Lunatic asylums Madras 1877-1891 - 1877-1891
Year: 1877
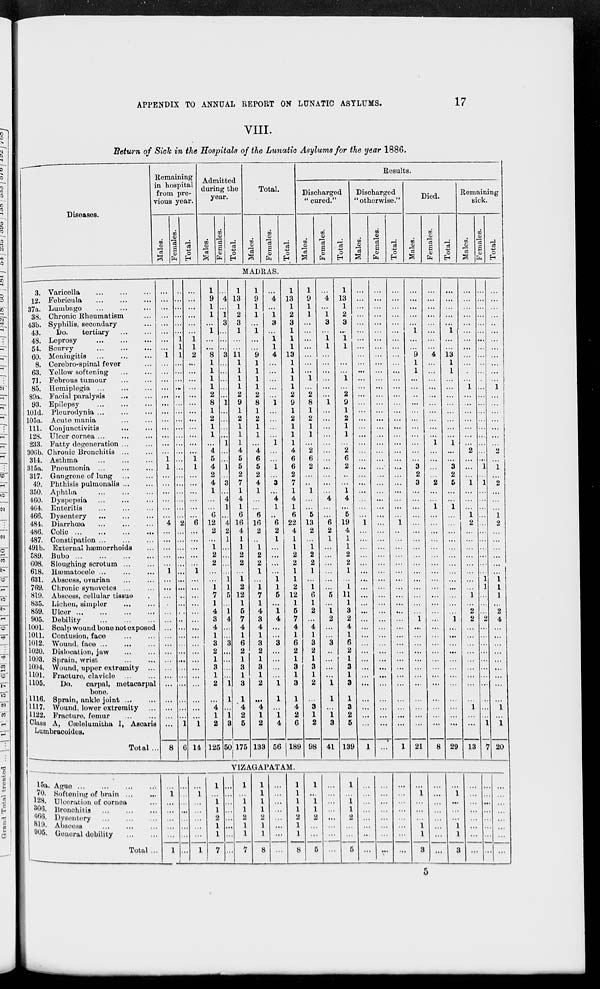
APPENDIX TO ANNUAL REPORT ON LUNATIC ASYLUMS.
17
VIII.
Return of Sick in the Hospitals of the Lunatic Asylums for the year 1886.
Diseases.
3. Varicella
...
...
...
12. Febricula
...
...
...
37a. Lumbago
...
...
...
38. Chronic Rheumatism ...
43b. Syphilis, secondary ...
43.
Do. tertiary
...
...
48. Leprosy
...
...
...
54. Seurvy
...
...
...
60. Meningitis
...
...
...
8. Cerebro-spinal fever ...
63. Yellow softening ... ...
71. Febrous tumour ... ...
85. Hemiplegia
...
...
...
89a. Facial paralysis
...
...
93. Epilepsy
...
...
...
101d. Pleurodynia
...
...
...
105a. Acute mania ... ...
111. Conjunctivitis ... ...
128. Ulcer cornea ... ... ...
233. Fatty degeneration ... ...
306b. Chronic Bronchitis
...
...
314. Asthma
...
...
...
315a. Pneumonia
...
...
...
317. Gangrene of lung
...
...
49. Phthisis pulmonalis ... ...
350. Aphtha
...
...
...
460. Dyspepsia ... ... ...
464. Enteritis
...
...
...
466. Dysentery
...
...
...
484. Diarrhœa
...
...
...
486. Colic
...
...
...
...
487. Constipation
...
...
...
491b. External hæmorrhoids ...
589. Bubo
...
...
...
...
608. Sloughing scrotum ... ...
618. Hæmatocele ... ... ...
631. Abscess, ovarian ... ...
769. Chronic synovetes ... ...
819. Abscess, cellular tissue ...
835. Lichen, simpler ... ...
859. Ulcer ... ... ... ...
905. Debility
...
...
...
1001. Scalp wound bone not exposed
1011. Contusion, face
... ...
1012. Wound, face
...
...
...
1020. Dislocation, jaw ... ...
1093. Sprain, wrist ... ...
1094. Wound, upper extremity ...
1101. Fracture, clavicle
...
...
1105.
Do. carpal, metacarpal
bone.
1116. Sprain, ankle joint ... ...
1117. Wound, lower extremity ...
1122. Fracture, femur
...
...
Class A, Cælelumitha I, Ascaris
Lumbracoides.
Total ..
15a. Ague
...
...
...
...
70. Softening of brain ... ...
128. Ulceration of cornea ...
306. Bronchitis
...
...
...
466. Dysentery
...
...
...
819. Abscess
...
...
...
905. General debility ... ...
Total ...
Remaining
in hospital
from pre-
vious year.
Males.
Females.
Total.
Admitted
during the
year.
Males.
Females.
Total.
Total.
Males.
Females.
Total.
Results.
Discharged
" cured."
Males.
Females.
Total.
Discharged
" otherwise."
Males.
Females.
Total.
Died.
Males.
Females.
Total.
Remaining
sick.
Males.
Females.
Total.
MADRAS.
...
...
...
...
...
...
...
...
1
...
...
...
...
...
...
...
...
...
...
...
...
1
1
...
...
...
...
...
...
4
...
...
...
...
...
1
...
...
...
...
...
...
...
...
...
...
...
...
...
...
...
...
...
...
8
...
...
...
...
...
...
1
1
1
...
...
...
...
..
...
...
...
...
...
...
...
...
...
...
...
...
...
...
...
2
...
...
...
...
...
...
...
...
...
...
...
...
...
...
...
...
...
...
...
...
...
...
...
1
6
...
...
...
...
...
...
1
1
2
...
...
...
...
...
...
...
...
...
...
...
...
1
1
...
...
...
...
...
...
6
...
...
...
...
...
1
...
...
...
...
...
...
...
...
...
...
...
...
...
...
...
...
...
1
14
1
9
1
1
...
1
...
...
8
1
1
1
1
2
8
1
2
1
1
...
4
5
4
2
4
1
...
...
6
12
2
...
1
2
2
...
...
1
7
1
4
3
4
1
3
2
1
3
1
2
...
4
1
2
125
...
4
...
1
3
...
...
...
3
...
...
...
...
...
1
...
...
...
...
1
...
...
1
...
3
...
4
1
...
4
2
1
...
...
...
...
1
1
5
...
1
4
...
...
3
...
...
...
...
1
1
...
1
3
50
1
13
1
2
3
1
...
...
11
1
1
1
1
2
9
1
2
1
1
1
4
5
5
2
7
1
4
1
6
16
4
1
1
2
2
...
1
2
12
1
5
7
4
1
6
2
1
3
1
3
1
4
2
5
175
1
9
1
1
...
1
...
...
9
1
1
1
1
2
8
1
2
1
1
...
4
6
5
2
4
1
...
...
6
16
2
...
1
2
2
1
...
1
7
1
4
3
4
1
3
2
1
3
1
2
...
4
1
2
133
...
4
...
1
3
...
1
1
4
...
...
...
...
...
1
...
...
...
...
1
...
...
1
...
3
...
4
1
...
6
2
1
...
...
...
...
1
1
5
...
1
4
...
...
3
...
...
...
...
1
1
...
1
4
56
1
13
1
2
3
1
1
1
13
1
1
1
1
2
9
1
2
1
1
1
4
6
6
2
7
1
4
1
6
22
4
1
1
2
2
1
1
2
12
1
5
7
4
1
6
2
1
3
1
3
1
4
2
6
189
1
9
1
1
...
...
...
...
...
...
...
1
...
2
8
1
2
1
1
...
2
6
2
...
..
1
...
...
5
13
2
...
1
2
2
1
...
1
6
1
2
...
4
1
3
2
1
3
1
2
...
3
1
2
98
...
4
...
1
3
...
1
1
...
...
...
...
...
...
1
...
...
...
...
...
...
...
...
...
...
...
4
...
...
6
2
1
...
...
...
...
...
...
5
...
1
2
...
...
3
...
...
...
...
1
1
...
1
3
41
1
13
1
2
3
...
1
1
...
...
...
1
...
2
9
1
2
1
1
...
2
6
2
...
...
1
4
...
5
19
4
1
1
2
2
1
...
1
11
1
3
2
4
1
6
2
1
3
1
3
1
3
2
5
139
...
...
...
...
...
...
...
...
...
...
...
...
...
...
...
...
...
...
...
...
...
...
...
...
...
...
...
...
...
1
...
...
...
...
...
...
...
...
...
...
...
...
...
...
...
...
...
...
...
...
...
...
...
...
1
...
...
...
...
...
...
...
...
...
...
...
...
...
...
...
...
...
...
...
...
...
...
...
...
...
...
...
...
...
...
...
...
...
...
...
...
...
...
...
...
...
...
...
...
...
... ...
...
...
...
...
...
...
...
...
...
...
...
...
...
...
...
...
...
...
...
...
...
...
...
...
...
...
...
...
...
...
...
...
...
...
...
...
...
1
..
...
...
...
...
...
...
...
...
...
...
...
...
...
...
...
...
...
...
...
...
...
...
...
1
...
...
...
...
...
1
...
...
9
1
1
...
...
..
...
...
...
...
...
...
...
...
3
2
3
...
...
...
...
...
...
...
...
...
...
...
...
...
...
...
...
1
...
...
...
...
...
...
...
...
...
...
...
...
21
...
...
...
...
...
...
...
...
4
...
...
...
...
...
...
...
...
...
...
1
...
...
...
...
2
...
...
1
...
...
...
...
...
...
...
...
...
...
...
...
...
...
...
...
...
...
...
...
...
...
...
...
...
...
8
...
...
...
...
...
1
...
...
13
1
1
...
...
...
...
...
...
...
...
1
...
...
3
2
5
...
...
1
...
...
...
...
...
...
...
...
...
...
...
...
...
1
...
...
...
...
...
...
...
...
...
...
...
...
29
...
...
...
...
...
...
...
...
...
...
...
...
1
...
...
...
...
...
...
...
2
...
...
...
1
...
...
...
1
2
...
...
...
...
...
...
...
...
1
...
2
2
...
...
...
...
...
...
...
...
...
1
...
...
13
...
...
...
...
...
...
...
...
...
...
...
...
...
...
...
...
...
...
...
...
...
...
1
...
1
...
...
...
...
...
...
...
...
...
...
...
1
1
...
...
...
2
...
...
...
...
...
...
...
...
...
...
...
1
7
...
...
...
...
..
...
...
...
...
...
...
...
1
...
...
...
...
...
...
...
2
...
1
...
2
...
...
...
1
2
...
...
...
...
...
...
1
1
1
...
2
4
...
...
...
...
...
...
...
...
...
1
...
1
20
VIZGAPATAM.
...
1
...
...
...
...
..
1
...
...
...
...
...
...
...
...
...
1
...
...
...
...
...
1
1
...
1
1
2
1
1
7
...
...
...
...
...
...
...
...
1
...
1
1
2
1
1
7
1
1
1
1
2
1
1
8
...
...
...
...
...
...
...
...
1
1
1
1
2
1
1
8
1
...
1
1
2
...
...
5
...
...
...
...
...
...
...
...
1
...
1
1
2
...
...
5
...
...
...
...
...
...
...
...
...
...
...
...
...
...
...
...
...
...
...
...
...
...
...
...
...
1
...
...
...
1
1
3
...
...
...
...
...
...
...
...
...
1
...
...
...
1
1
3
...
...
...
...
...
...
...
...
...
...
...
...
...
...
...
...
...
...
...
...
...
...
...
...
5